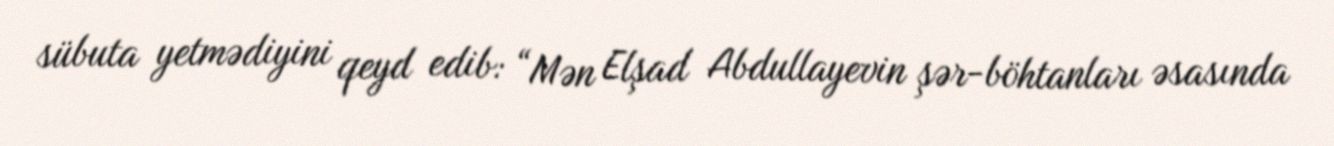
sübuta yetmədiyini qeyd edib: “Mən Elşad Abdullayevin şər-böhtanları əsasında